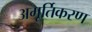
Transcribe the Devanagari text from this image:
अमूर्तिकरण